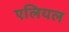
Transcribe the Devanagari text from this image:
एलियल